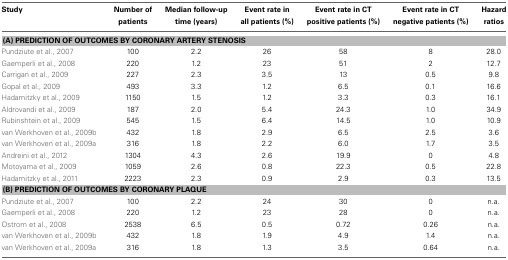
<table><thead><tr><td><b>Study</b></td><td><b>Number of patients</b></td><td><b>Median follow-up time (years)</b></td><td><b>Event rate in all patients (%)</b></td><td><b>Event rate in CT positive patients (%)</b></td><td><b>Event rate in CT negative patients (%)</b></td><td><b>Hazard ratios</b></td></tr></thead><tbody><tr><td colspan="7"><b>(A) PREDICTION OF OUTCOMES BY CORONARY ARTERY STENOSIS</b></td></tr><tr><td>Pundziute et al., 2007</td><td>100</td><td>2.2</td><td>26</td><td>58</td><td>8</td><td>28.0</td></tr><tr><td>Gaemperli et al., 2008</td><td>220</td><td>1.2</td><td>23</td><td>51</td><td>2</td><td>12.7</td></tr><tr><td>Carrigan et al., 2009</td><td>227</td><td>2.3</td><td>3.5</td><td>13</td><td>0.5</td><td>9.8</td></tr><tr><td>Gopal et al., 2009</td><td>493</td><td>3.3</td><td>1.2</td><td>6.5</td><td>0.1</td><td>16.6</td></tr><tr><td>Hadamitzky et al., 2009</td><td>1150</td><td>1.5</td><td>1.2</td><td>3.3</td><td>0.3</td><td>16.1</td></tr><tr><td>Aldrovandi et al., 2009</td><td>187</td><td>2.0</td><td>5.4</td><td>24.3</td><td>1.0</td><td>34.9</td></tr><tr><td>Rubinshtein et al., 2009</td><td>545</td><td>1.5</td><td>6.4</td><td>14.5</td><td>1.0</td><td>10.9</td></tr><tr><td>van Werkhoven et al., 2009b</td><td>432</td><td>1.8</td><td>2.9</td><td>6.5</td><td>2.5</td><td>3.6</td></tr><tr><td>van Werkhoven et al., 2009a</td><td>316</td><td>1.8</td><td>2.2</td><td>6.0</td><td>1.7</td><td>3.5</td></tr><tr><td>Andreini et al., 2012</td><td>1304</td><td>4.3</td><td>2.6</td><td>19.9</td><td>0</td><td>4.8</td></tr><tr><td>Motoyama et al., 2009</td><td>1059</td><td>2.6</td><td>0.8</td><td>22.3</td><td>0.5</td><td>22.8</td></tr><tr><td>Hadamitzky et al., 2011</td><td>2223</td><td>2.3</td><td>0.9</td><td>2.9</td><td>0.3</td><td>13.5</td></tr><tr><td colspan="7"><b>(B) PREDICTION OF OUTCOMES BY CORONARY PLAQUE</b></td></tr><tr><td>Pundziute et al., 2007</td><td>100</td><td>2.2</td><td>24</td><td>30</td><td>0</td><td>n.a.</td></tr><tr><td>Gaemperli et al., 2008</td><td>220</td><td>1.2</td><td>23</td><td>28</td><td>0</td><td>n.a.</td></tr><tr><td>Ostrom et al., 2008</td><td>2538</td><td>6.5</td><td>0.5</td><td>0.72</td><td>0.26</td><td>n.a.</td></tr><tr><td>van Werkhoven et al., 2009b</td><td>432</td><td>1.8</td><td>1.9</td><td>4.9</td><td>1.4</td><td>n.a.</td></tr><tr><td>van Werkhoven et al., 2009a</td><td>316</td><td>1.8</td><td>1.3</td><td>3.5</td><td>0.64</td><td>n.a.</td></tr></tbody></table>